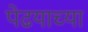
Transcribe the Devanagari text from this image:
पेढयाच्या